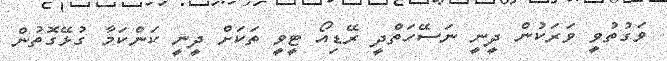
ވަގުތުވީ ވަރަކުން ދީނީ ނަސޭހަތްދީ ރޭޑިއޯ ޓީވީ ތަކަށް ދީނީ ކަންކަމާ ގުޅޭގޮތުން